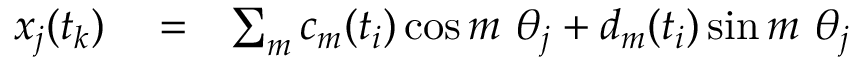
\begin{array} { r l r } { x _ { j } ( t _ { k } ) } & { { } = } & { \sum _ { m } c _ { m } ( t _ { i } ) \cos m \ \theta _ { j } + d _ { m } ( t _ { i } ) \sin m \ \theta _ { j } } \end{array}